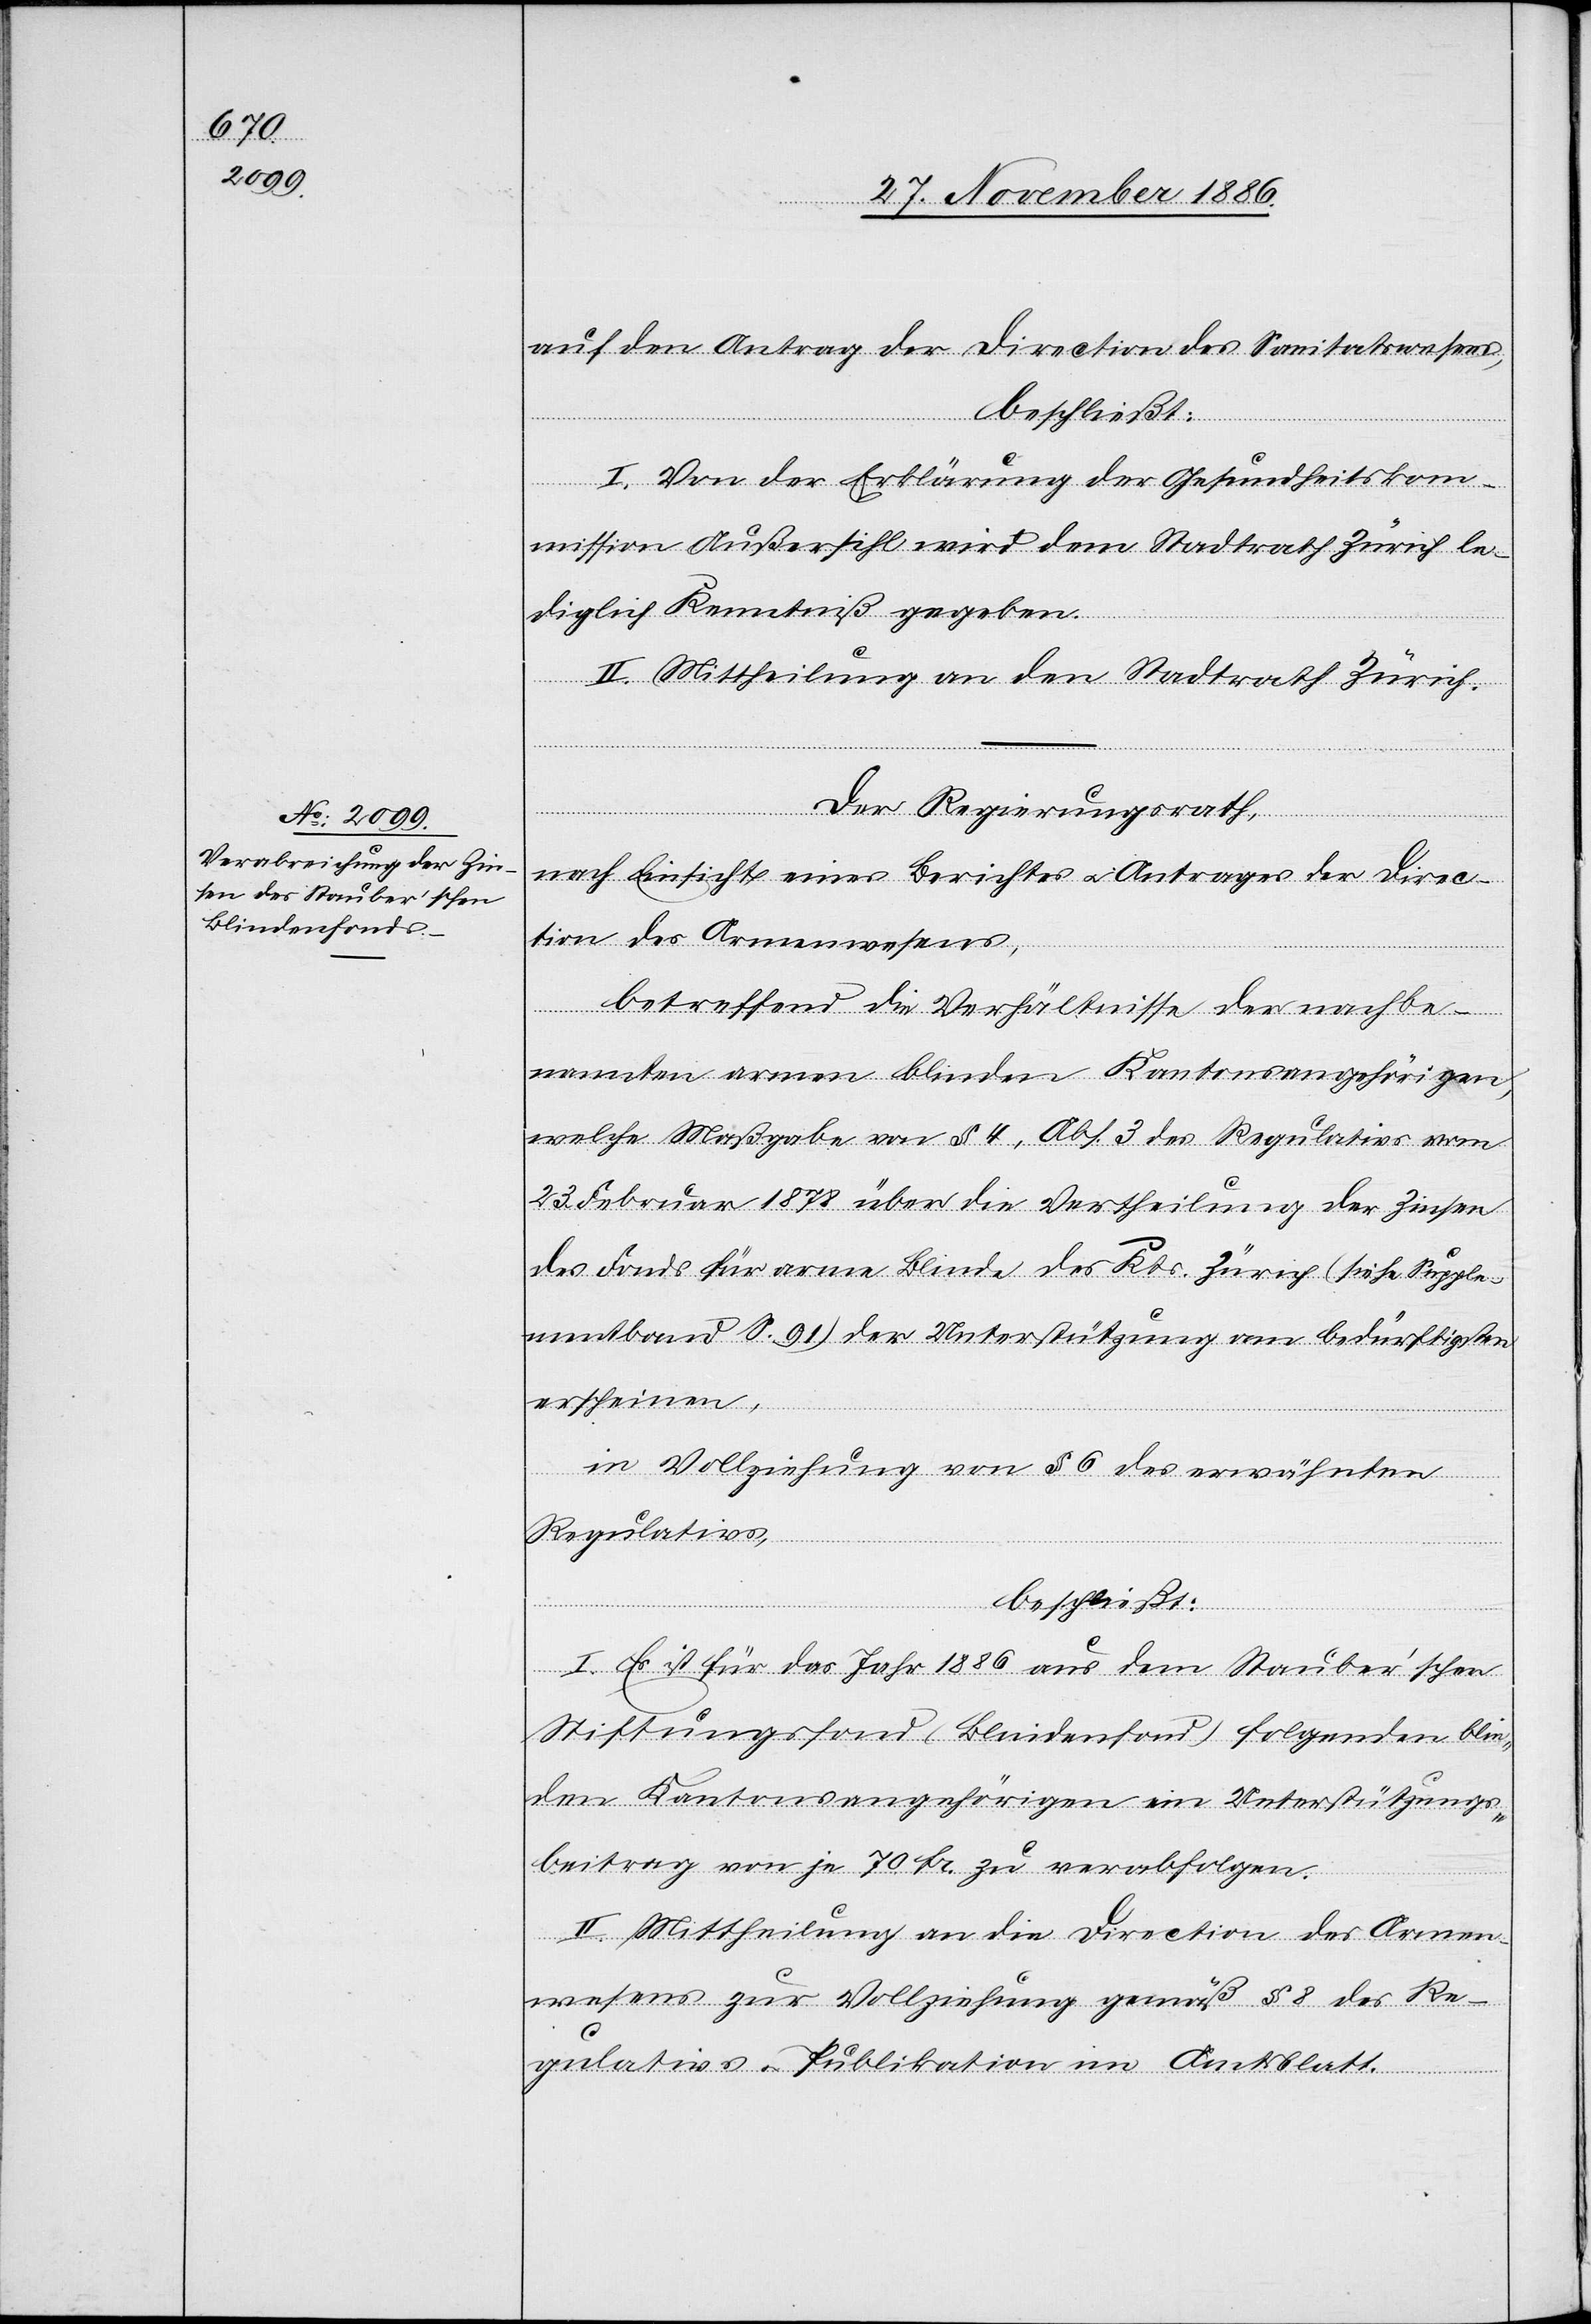
auf den Antrag der Direction des Sanitatswesens
beschließt:
I. Von der Erklärung der Gesundheitskom¬
mission Außersihl wird dem Stadtrath Zürich le¬
diglich Kenntniß gegeben.
II. Mittheilung an den Stadtrath Zürich.
Der Regierungsrath,
nach Einsicht eines Berichtes & Antrages der Direc¬
tion des Armenwesens,
betreffend die Verhältnisse der nachbe¬
nannten armen blinden Kantonsangehörigen,
welche Maßgabe von § 4, Abs. 3 des Regulativs vom
23. Februar 1878 über die Vertheilung der Zinsen
des Fonds für arme Blinde des Kts. Zürich (siehe Supple¬
mentband S. 91) der Unterstützung von Bedürftigsten
erscheinen,
in Vollziehung von § 6 des erwähnten
Regulativs,
beschließt:
I. Es ist für das Jahr 1886 aus dem Stauber’schen
Stiftungsfond (Blindenfond) folgenden blin¬
den Kantonsangehörigen ein Unterstützungs¬
beitrag von je 70 Fr. zu verabfolgen.
II. Mittheilung an die Direction des Armen¬
wesens zur Vollziehung gemäß § 8 des Re¬
gulativs & Publikation im Amtsblatt.